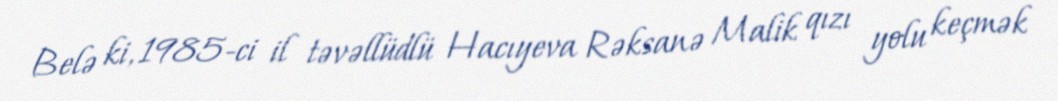
Belə ki, 1985-ci il təvəllüdlü Hacıyeva Rəksanə Malik qızı yolu keçmək